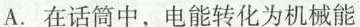
A.在话筒中，电能转化为机械能